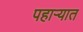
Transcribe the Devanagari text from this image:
पहार्‍यात